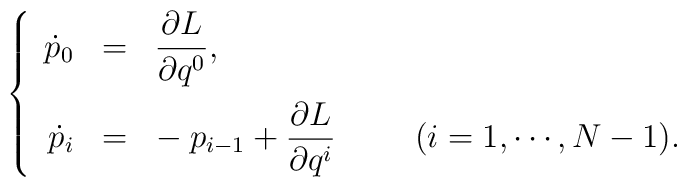
\left\{\begin{array}{rcl}\dot{p}_{0} & = & \displaystyle                  \frac{\partial L}{\partial q^{0}} , \vspace{2mm}\\\dot{p}_{i} & = & \displaystyle                  \mbox{} \! - p_{i-1} + \frac{\partial L}{\partial q^{i}}                  \makebox[1cm]{} ( i = 1, \cdots , N-1 ) .\end{array}\right.